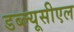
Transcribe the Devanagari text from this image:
डब्ल्यूसीएल